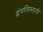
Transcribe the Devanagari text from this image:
इंगलिस्तानी